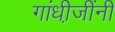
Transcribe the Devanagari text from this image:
गांधी़जींनी